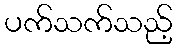
ပက်သက်သည့်